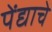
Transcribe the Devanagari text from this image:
पेंद्याचे